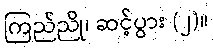
ကြည်ညို၊ ဆင့်ပွား (၂)။